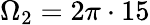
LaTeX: \Omega_{2}=2\pi\cdot 15